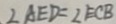
\angle A E D = \angle E C B